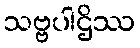
သဗ္ဗပါဌိဿ